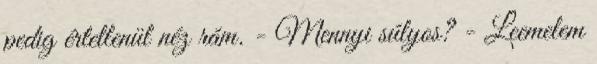
pedig értetlenül néz rám. - Mennyi súlyos? - Leemelem